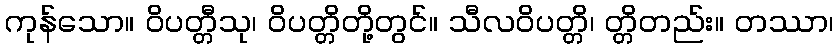
ကုန်သော။ ဝိပတ္တီသု၊ ဝိပတ္တိတို့တွင်။ သီလဝိပတ္တိ၊ တ္တိတည်း။ တဿာ၊